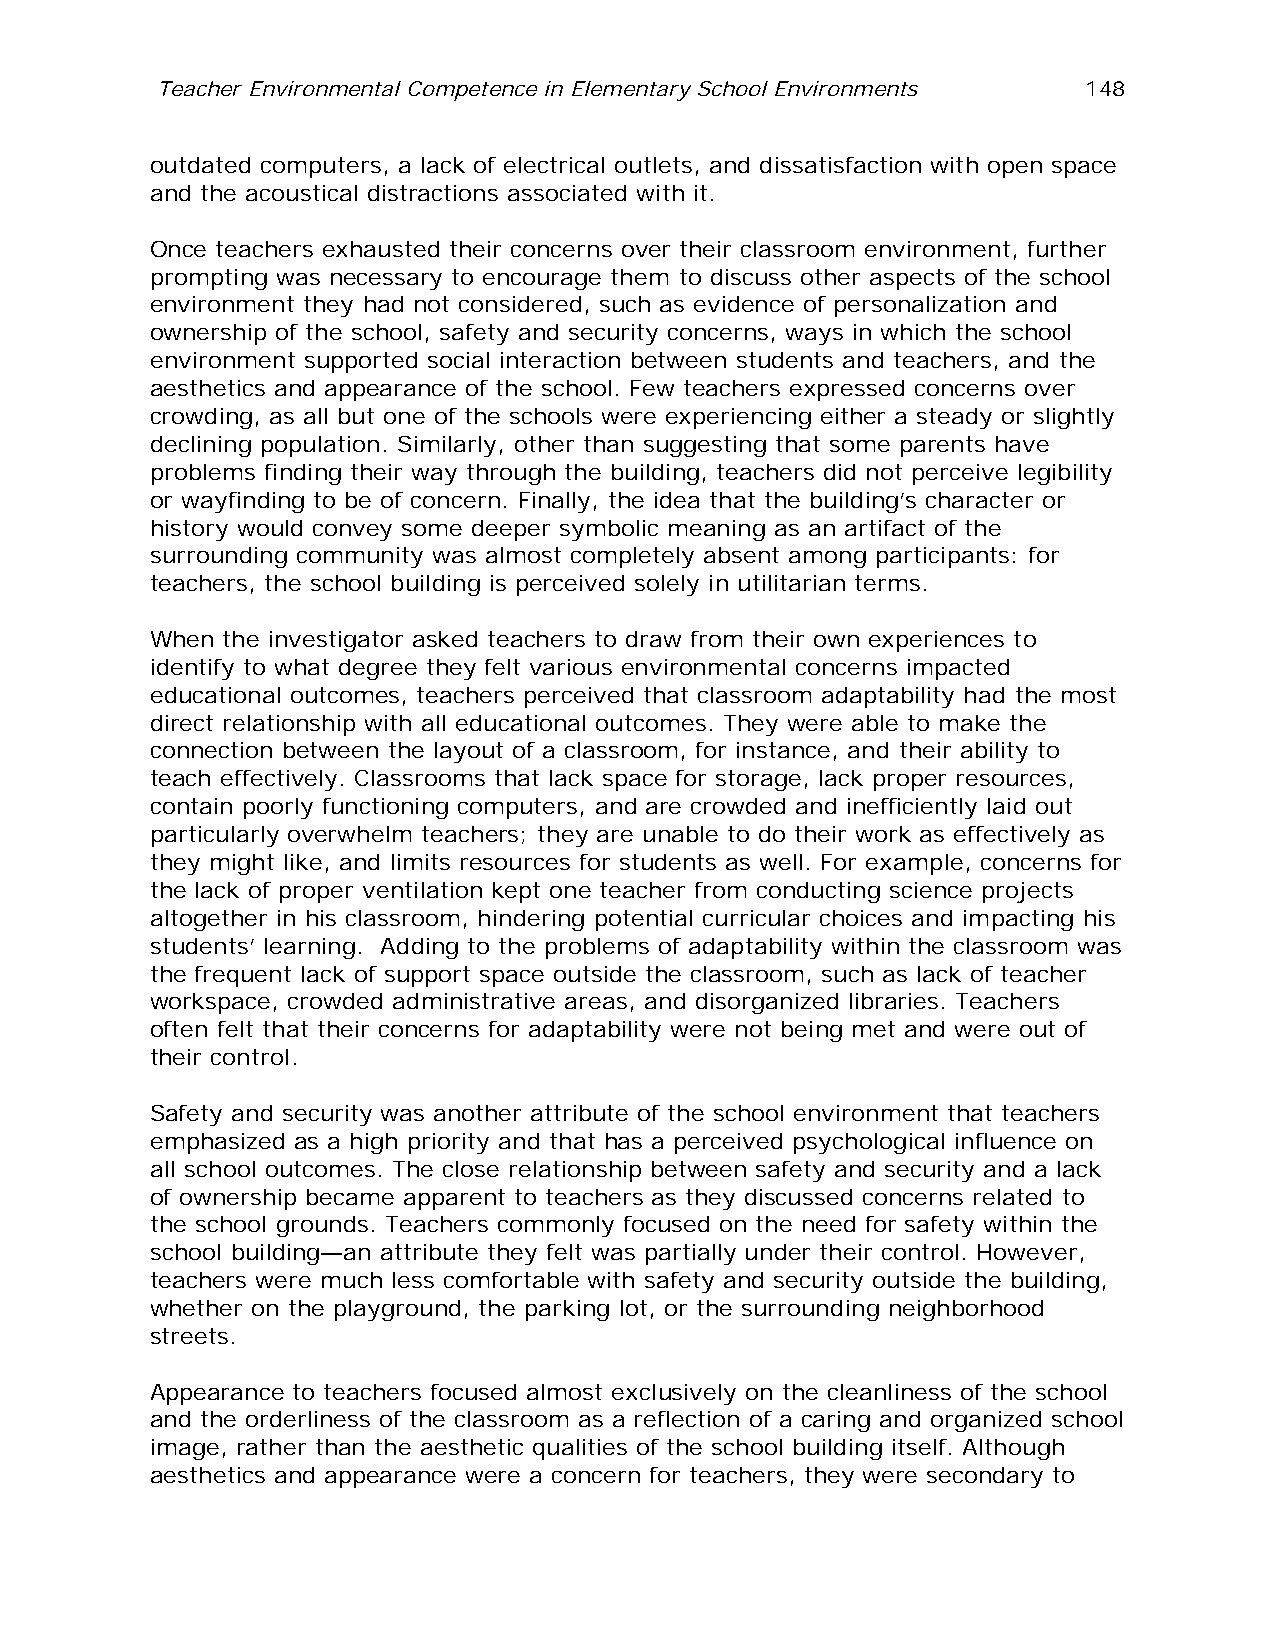
Teacher Environmental Competence in Elementary School Environments 148
 outdated computers, a lack of electrical outlets, and dissatisfaction with open space
 and the acoustical distractions associated with it.
 Once teachers exhausted their concerns over their classroom environment, further
 prompting was necessary to encourage them to discuss other aspects of the school
 environment they had not considered, such as evidence of personalization and
 ownership of the school, safety and security concerns, ways in which the school
 environment supported social interaction between students and teachers, and the
 aesthetics and appearance of the school. Few teachers expressed concerns over
 crowding, as all but one of the schools were experiencing either a steady or slightly
 declining population. Similarly, other than suggesting that some parents have
 problems finding their way through the building, teachers did not perceive legibility
 or wayfinding to be of concern. Finally, the idea that the building’s character or
 history would convey some deeper symbolic meaning as an artifact of the
 surrounding community was almost completely absent among participants: for
 teachers, the school building is perceived solely in utilitarian terms.
 When the investigator asked teachers to draw from their own experiences to
 identify to what degree they felt various environmental concerns impacted
 educational outcomes, teachers perceived that classroom adaptability had the most
 direct relationship with all educational outcomes. They were able to make the
 connection between the layout of a classroom, for instance, and their ability to
 teach effectively. Classrooms that lack space for storage, lack proper resources,
 contain poorly functioning computers, and are crowded and inefficiently laid out
 particularly overwhelm teachers; they are unable to do their work as effectively as
 they might like, and limits resources for students as well. For example, concerns for
 the lack of proper ventilation kept one teacher from conducting science projects
 altogether in his classroom, hindering potential curricular choices and impacting his
 students’ learning. Adding to the problems of adaptability within the classroom was
 the frequent lack of support space outside the classroom, such as lack of teacher
 workspace, crowded administrative areas, and disorganized libraries. Teachers
 often felt that their concerns for adaptability were not being met and were out of
 their control.
 Safety and security was another attribute of the school environment that teachers
 emphasized as a high priority and that has a perceived psychological influence on
 all school outcomes. The close relationship between safety and security and a lack
 of ownership became apparent to teachers as they discussed concerns related to
 the school grounds. Teachers commonly focused on the need for safety within the
 school building—an attribute they felt was partially under their control. However,
 teachers were much less comfortable with safety and security outside the building,
 whether on the playground, the parking lot, or the surrounding neighborhood
 streets.
 Appearance to teachers focused almost exclusively on the cleanliness of the school
 and the orderliness of the classroom as a reflection of a caring and organized school
 image, rather than the aesthetic qualities of the school building itself. Although
 aesthetics and appearance were a concern for teachers, they were secondary to